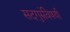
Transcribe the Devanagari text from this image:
सदगुरुंविषयी